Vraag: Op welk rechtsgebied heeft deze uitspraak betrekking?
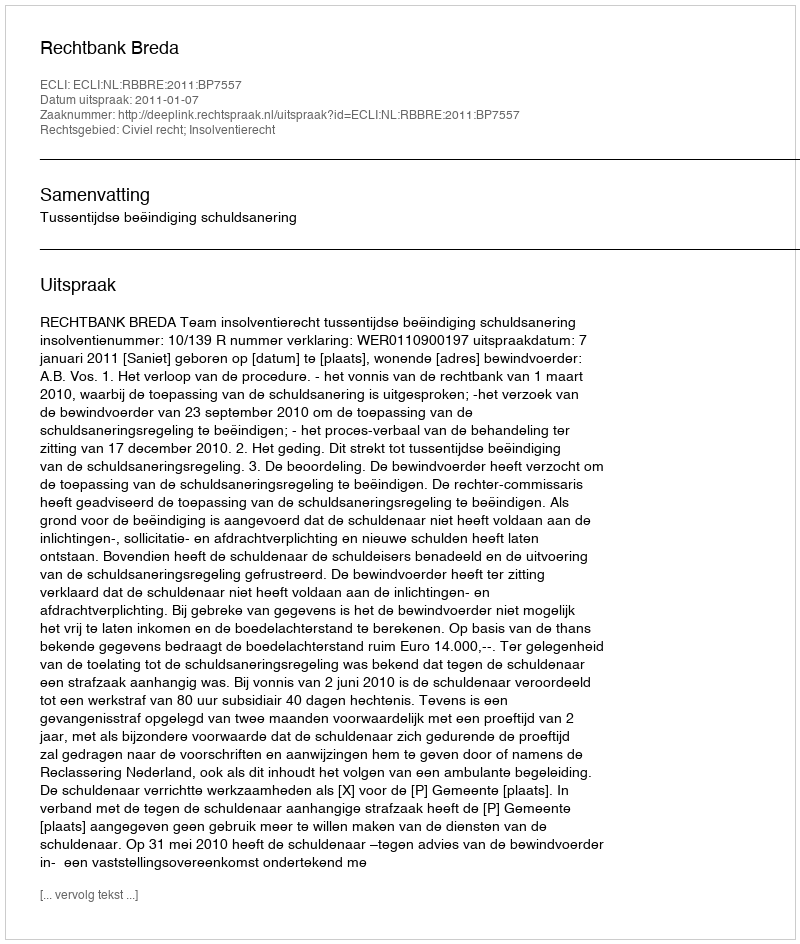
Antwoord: Civiel recht; Insolventierecht